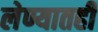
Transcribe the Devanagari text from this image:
लेण्यातही